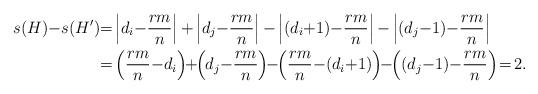
LaTeX: \begin{align*}s(H){-}s(H') & {=} \left|d_i{-}\frac{rm}{n}\right|{+}\left|d_j{-}\frac{rm}{n}\right|{-}\left|(d_i{+}1){-}\frac{rm}{n}\right|{-}\left|(d_j{-}1){-}\frac{rm}{n}\right|\\& {=} \left(\frac{rm}{n}{-}d_i\right)\!\!+\!\!\left(d_j{-}\frac{rm}{n}\right)\!\!-\!\!\left(\frac{rm}{n}{-}(d_i{+}1)\right)\!\!-\!\!\left((d_j{-}1){-}\frac{rm}{n}\right)\!=\!2.\end{align*}